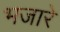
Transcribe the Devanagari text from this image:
भजारे